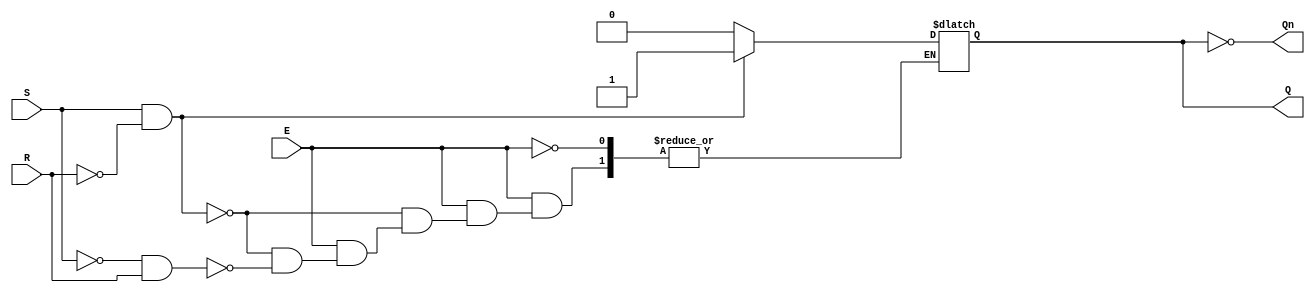
module GatedSRLatch (
    input wire S,      // Set input
    input wire R,      // Reset input
    input wire E,      // Enable input
    output reg Q,      // Output Q
    output wire Qn     // Complementary output (not Q)
);

// Complementary output
assign Qn = ~Q;

// Always block for the gated SR latch functionality
always @(*) begin
    if (E) begin
        if (S && !R) begin
            Q = 1'b1;  // Set Q high
        end else if (!S && R) begin
            Q = 1'b0;  // Reset Q low
        end // when both S and R are high (or low), Q keeps its previous state
    end
end

endmodule